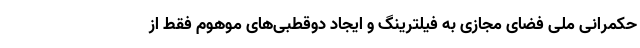
حکمرانی ملی فضای مجازی به فیلترینگ و ایجاد دوقطبی‌های موهوم فقط از